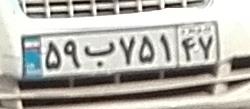
۵۹ب۷۵۱۴۷